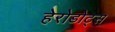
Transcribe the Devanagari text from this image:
हेरोडोट्स